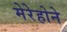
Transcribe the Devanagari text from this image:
मेरेहोने